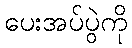
ပေးအပ်ပွဲကို